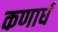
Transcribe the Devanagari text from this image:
कणार्ध